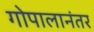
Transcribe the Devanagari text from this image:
गोपालानंतर